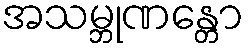
အသမ္ဘုဏန္တော